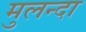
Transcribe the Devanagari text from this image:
मुलन्दा